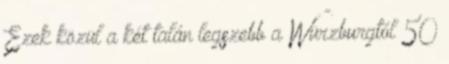
Ezek közül a két talán legszebb a Würzburgtól 50